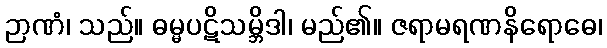
ဉာဏံ၊ သည်။ ဓမ္မပဋိသမ္ဘိဒါ၊ မည်၏။ ဇရာမရဏနိရောဓေ၊